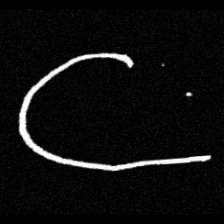
Pyu character \u2014 Myanmar letter: ဋ (romanized: tta)